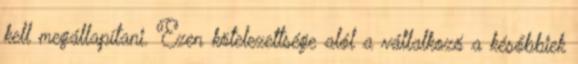
kell megállapítani. Ezen kötelezettsége alól a vállalkozó a későbbiek